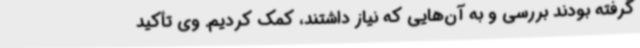
گرفته بودند بررسی و به آن‌هایی که نیاز داشتند، کمک کردیم. وی تأکید